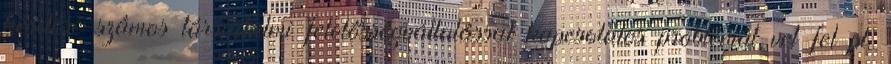
kérdése számos társadalmi felelősségvállalással kapcsolatos problémát vet fel pl.